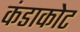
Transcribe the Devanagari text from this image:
कंडाकोट